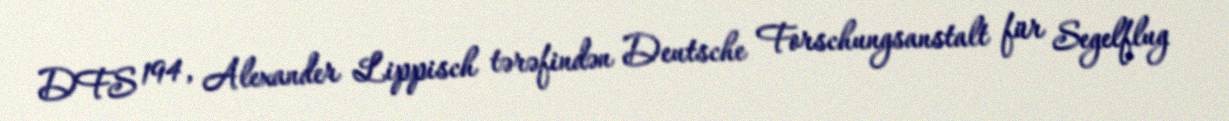
DFS 194, Alexander Lippisch tərəfindən Deutsche Forschungsanstalt für Segelflug